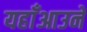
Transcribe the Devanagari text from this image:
यहाँआउने